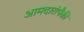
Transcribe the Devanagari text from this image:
आमदारांपैकी